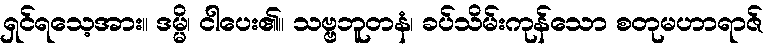
ရှင်ရသေ့အား။ ဒမ္မိ၊ ငါပေး၏။ သဗ္ဗဘူတနံ၊ ခပ်သိမ်းကုန်သော စတုမဟာရာဇ်